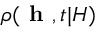
\rho ( \textbf { h } , t | H )